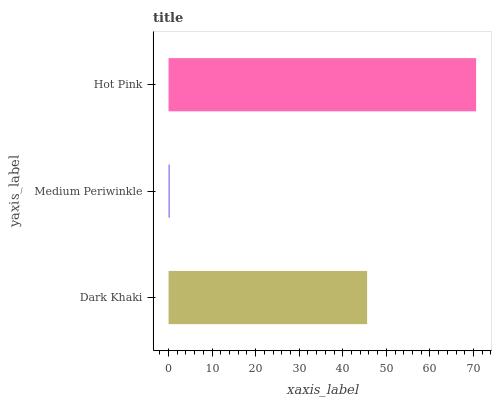
| yaxis_label | bars |
 | --- | --- |
 | Dark Khaki | 45.6 |
 | Medium Periwinkle | 0.269 |
 | Hot Pink | 70.6 |